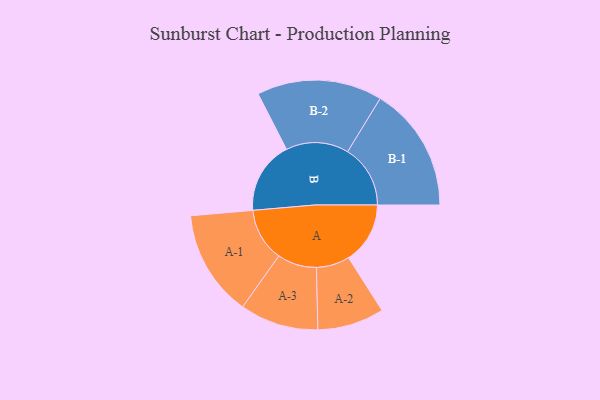
{"axis": {"x": "Segment", "y": "Value"}, "legend": ["", "A", "B"], "data": [{"x": "A", "y": 279, "type": ""}, {"x": "B", "y": 329, "type": ""}, {"x": "A-1", "y": 241, "type": "A"}, {"x": "A-2", "y": 151, "type": "A"}, {"x": "A-3", "y": 178, "type": "A"}, {"x": "B-1", "y": 284, "type": "B"}, {"x": "B-2", "y": 284, "type": "B"}]}